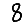
Digit: 8